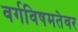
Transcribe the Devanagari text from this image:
वर्गविषमतेवर